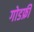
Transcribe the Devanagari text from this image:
गोडफ्री